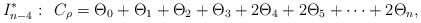
\begin{align*}I_{n-4}^*: \: \: C_{\rho} = \Theta_0 + \Theta_1 + \Theta_2 +\Theta_3 + 2 \Theta_4 + 2 \Theta_5 + \cdots + 2 \Theta_n,\end{align*}